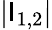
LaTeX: \vert\mathsf{I}_{1,2}\vert